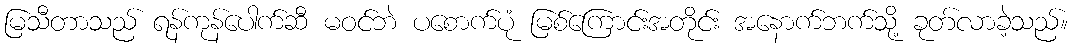
မြသီတာသည် ရန်ကုန်ပေါက်ဆီ မဝင်ဘဲ ပစောက်ပုံ မြစ်ကြောင်းအတိုင်း အနောက်ဘက်သို့ ခုတ်လာခဲ့သည်။